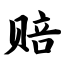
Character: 赔